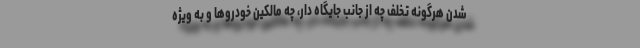
شدن هرگونه تخلف چه از جانب جایگاه دار، چه مالکین خودروها و به ویژه